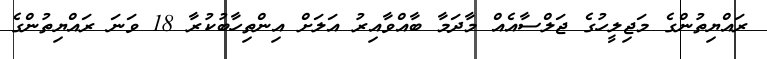
ރައްޔިތުންގެ މަޖިލީހުގެ ޖަލްސާއެއް މާދަމާ ބާއްވާއިރު އަލަށް އިންތިހާބުކުރާ 18 ވަނަ ރައްޔިތުންގެ